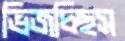
ভিজচ্ছিস